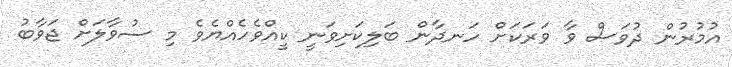
އުމުރުން ދުވަސް ވާ ވަރަކަށް ހަނދާން ބަލިކަށިވަނީ ކީއްވެހެއްޔެވެ މި ސުވާލަށް ޖަވާބު